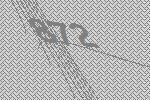
872